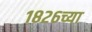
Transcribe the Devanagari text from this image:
१८२६च्या